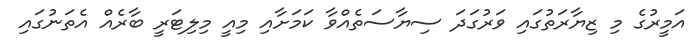
އަމީރުގެ މި ޒިޔާރަތުގައި ވަރުގަދަ ސިޔާސަތެއްވާ ކަމަށާއި މިއީ މިލިޓަރީ ބާރެއް އެތަނުގައި